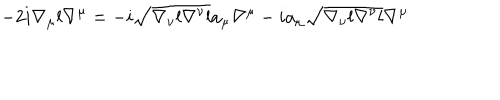
- 2 i \nabla _ { \mu } l \nabla ^ { \mu } = - i \sqrt { \nabla _ { \nu } l \nabla ^ { \nu } l } a _ { \mu } \nabla ^ { \mu } - i a _ { \mu } \sqrt { \nabla _ { \nu } l \nabla ^ { \nu } l } \nabla ^ { \mu }